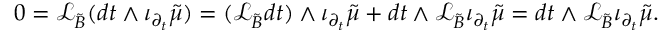
0 = \mathcal { L } _ { { \tilde { B } } } ( d t \wedge \iota _ { \partial _ { t } } { \tilde { \mu } } ) = ( \mathcal { L } _ { { \tilde { B } } } d t ) \wedge \iota _ { \partial _ { t } } { \tilde { \mu } } + d t \wedge \mathcal { L } _ { { \tilde { B } } } \iota _ { \partial _ { t } } { \tilde { \mu } } = d t \wedge \mathcal { L } _ { { \tilde { B } } } \iota _ { \partial _ { t } } { \tilde { \mu } } .